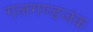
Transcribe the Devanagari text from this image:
गलगण्डजंक